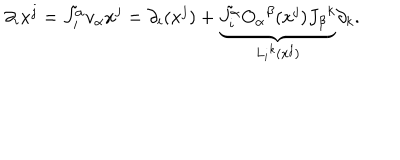
\partial _ { i } x ^ { j } = \tilde { J _ { i } ^ { \alpha } } v _ { \alpha } x ^ { j } = \partial _ { i } ( x ^ { j } ) + \underbrace { \tilde { J _ { i } ^ { \alpha } } O _ { \alpha } { } ^ { \beta } ( x ^ { j } ) J _ { \beta } { } ^ { k } } _ { L _ { i } { } ^ { k } ( x ^ { j } ) } \partial _ { k } .